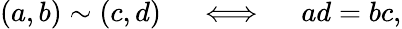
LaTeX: (a,b)\sim(c,d)\quad\iff\quad ad=bc,